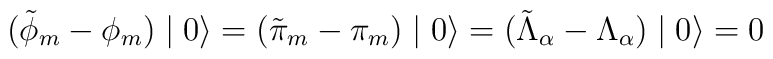
(\tilde{\phi}_{m} - \phi_{m} ) \mid 0 \rangle = (\tilde{\pi}_{m} - \pi_{m} ) \mid 0 \rangle = (\tilde{\Lambda}_{\alpha} - \Lambda_{\alpha} ) \mid 0 \rangle = 0